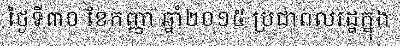
ថ្ងៃទី៣០ ខែកញ្ញា ឆ្នាំ២០១៥ ប្រជាពលរដ្ឋក្នុង